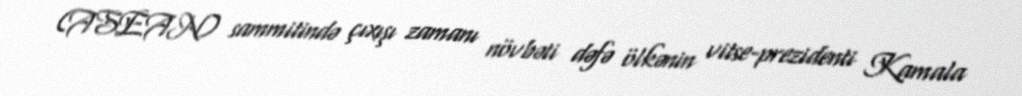
(ASEAN) sammitində çıxışı zamanı növbəti dəfə ölkənin vitse-prezidenti Kamala